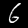
Digit: 6